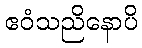
ဧဝံသညိနောပိ